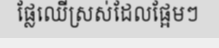
ផ្លែឈើស្រស់ដែលផ្អែមៗ